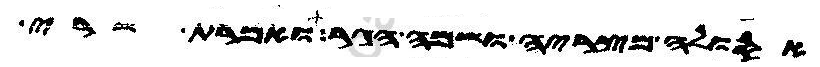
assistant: אסולה מצריה ושמה הגר ואמרת שרי